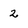
Character: 2